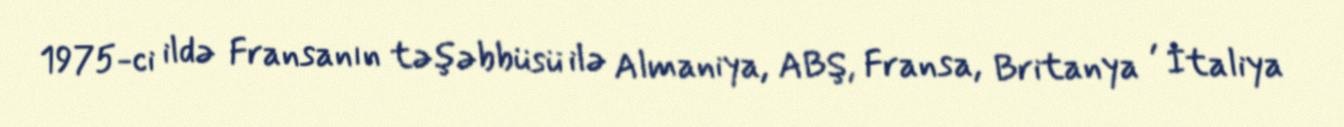
1975-ci ildə Fransanın təşəbbüsü ilə Almaniya, ABŞ, Fransa, Britanya , İtaliya